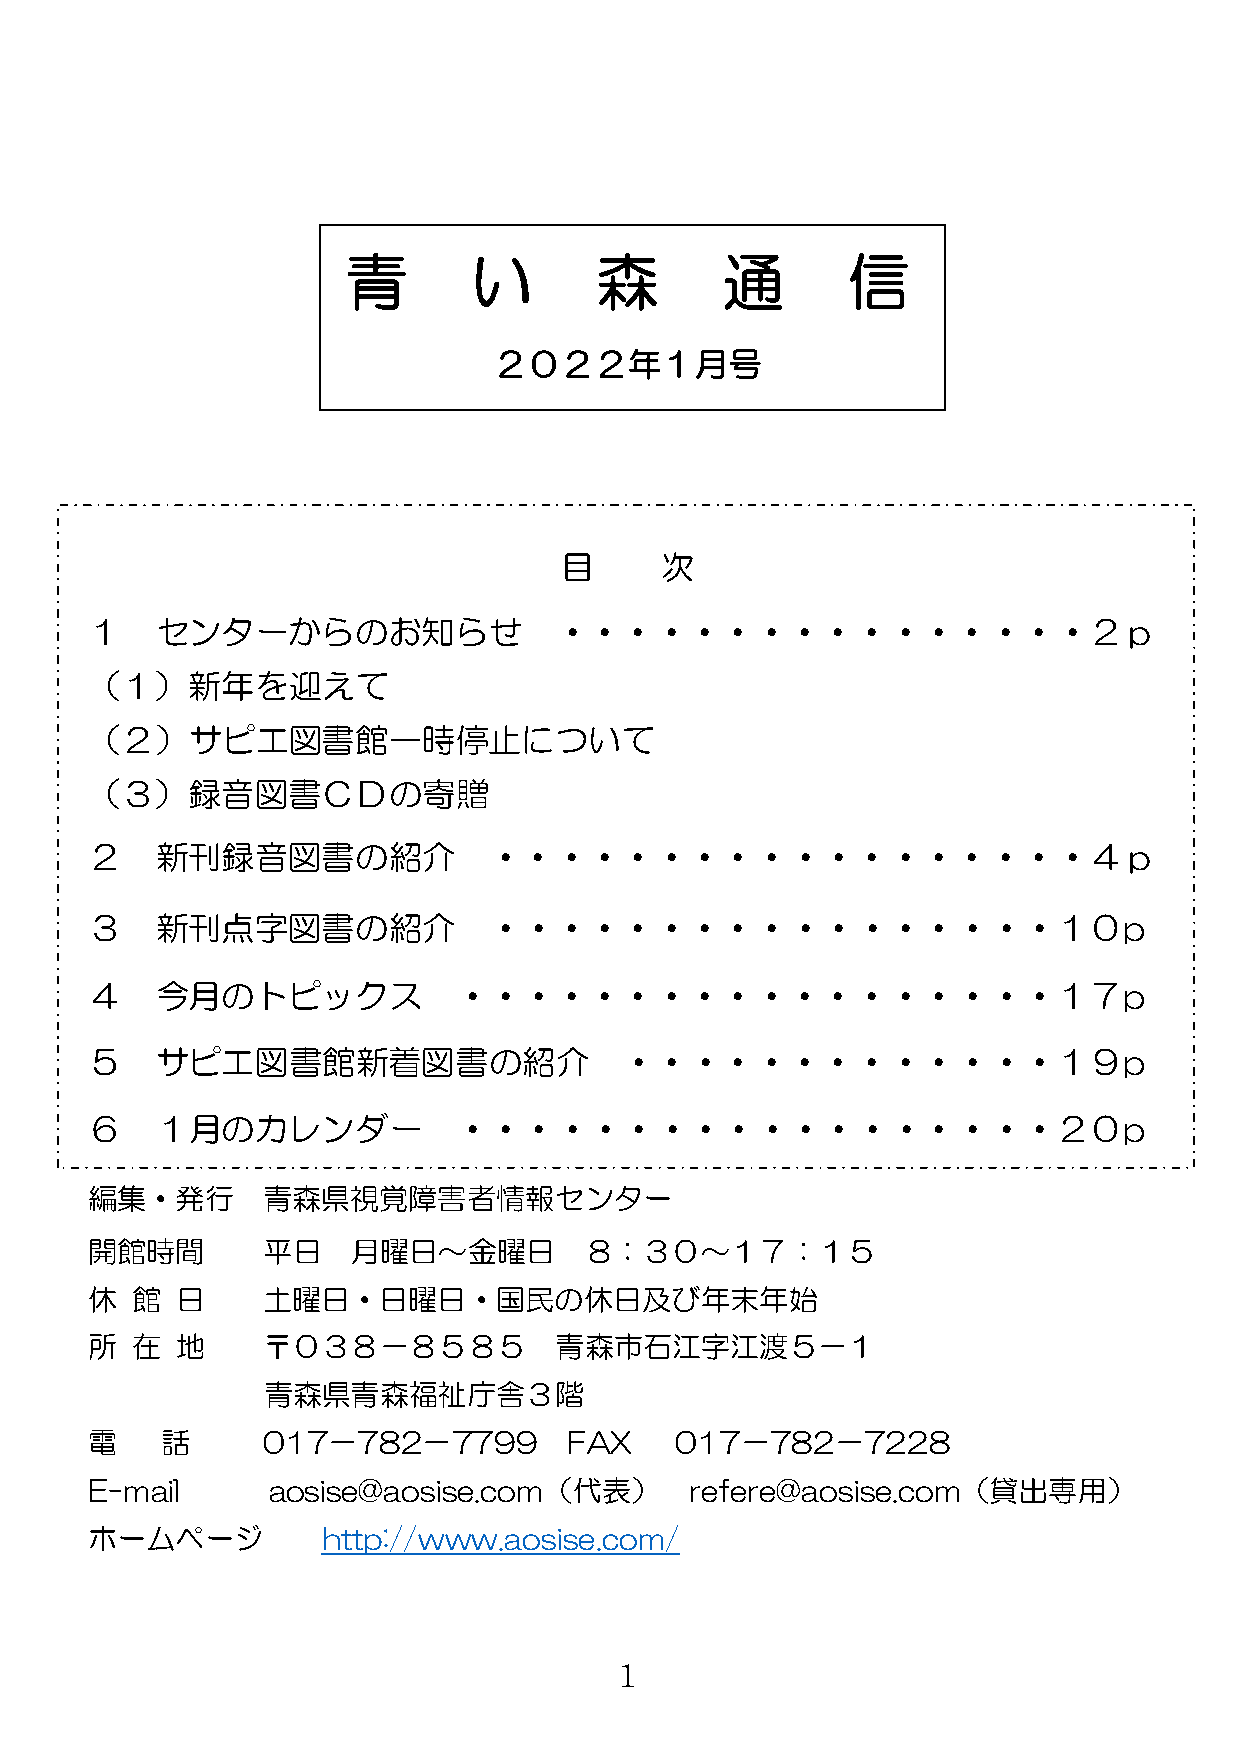
青       い       森        通       信
 ２０２２年１月号
 目      次
 １   センターからのお知らせ                ・・・・・・・・・・・・・・・・２ｐ
 （１）新年を迎えて
 （２）サピエ図書館一時停止について
 （３）録音図書ＣＤの寄贈
 ２   新刊録音図書の紹介             ・・・・・・・・・・・・・・・・・・４ｐ
 ３   新刊点字図書の紹介             ・・・・・・・・・・・・・・・・・１０p
 ４   今月のトピックス            ・・・・・・・・・・・・・・・・・・１７p
 ５   サピエ図書館新着図書の紹介                  ・・・・・・・・・・・・・１９p
 ６   １月のカレンダー            ・・・・・・・・・・・・・・・・・・２０p
 編集・発行      青森県視覚障害者情報センター
 開館時間       平日    月曜日～金曜日         ８：３０～１７：１５
 休  館  日    土曜日・日曜日・国民の休日及び年末年始
 所  在  地    〒０３８－８５８５           青森市石江字江渡５－１
 青森県青森福祉庁舎３階
 電    話     017－782－7799         FAX    017－782－7228
 E-mail      aosise@aosise.com（代表）       refere@aosise.com（貸出専用）
 ホームページ         http://www.aosise.com/
 1